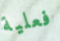
فعلية